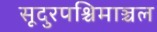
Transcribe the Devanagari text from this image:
सूदुरपश्चिमाञ्चल